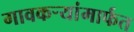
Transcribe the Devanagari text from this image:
गावकर्‍यांमार्फत